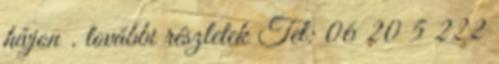
hívjon . további részletek Tel: 06 20 5 222